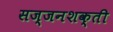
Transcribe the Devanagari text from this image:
सज्जनशक्ती